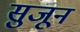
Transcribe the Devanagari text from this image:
सुजून